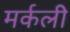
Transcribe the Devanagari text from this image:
मर्कली